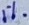
Text: 1%